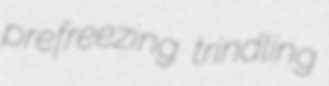
prefreezing trindling